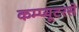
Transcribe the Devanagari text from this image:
कम्प्यूटरसे